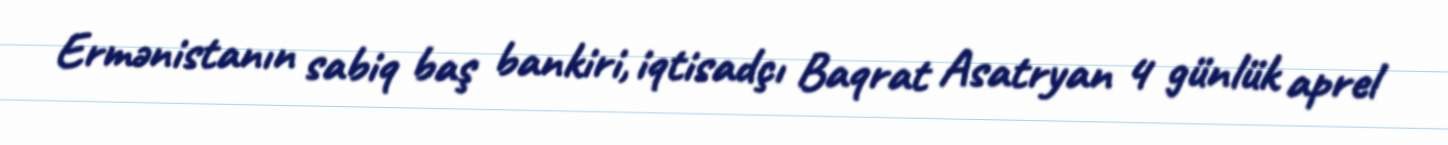
Ermənistanın sabiq baş bankiri, iqtisadçı Baqrat Asatryan 4 günlük aprel